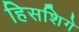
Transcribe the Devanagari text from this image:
हिसशिगे